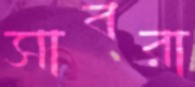
সাবরা